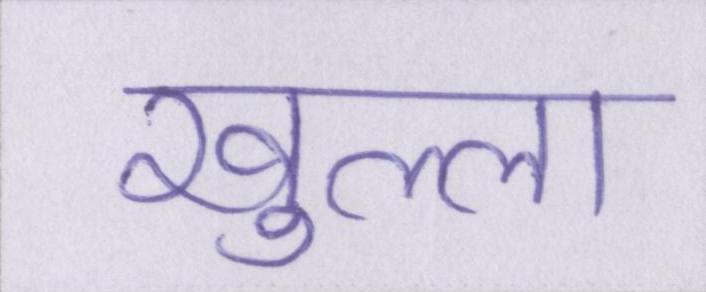
खुल्ला